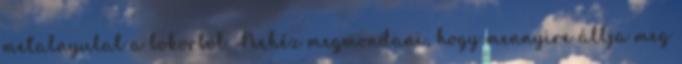
metalnyulat a bokorból. Nehéz megmondani, hogy mennyire állja meg